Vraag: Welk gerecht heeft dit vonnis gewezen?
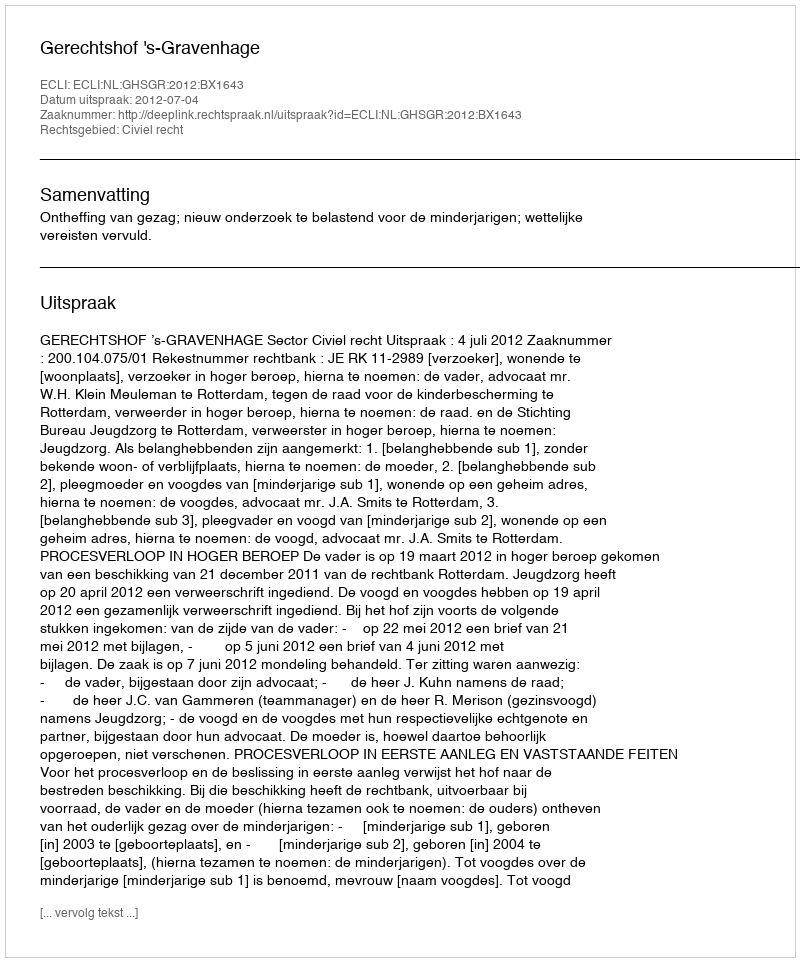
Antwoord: Gerechtshof 's-Gravenhage